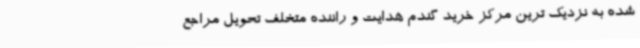
شده به نزدیک ترین مرکز خرید گندم هدایت و راننده متخلف تحویل مراجع